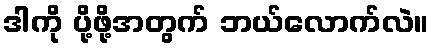
ဒါကို ပို့ဖို့အတွက် ဘယ်လောက်လဲ။